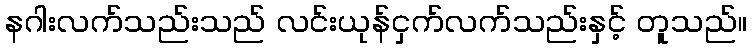
နဂါးလက်သည်းသည် လင်းယုန်ငှက်လက်သည်းနှင့် တူသည်။